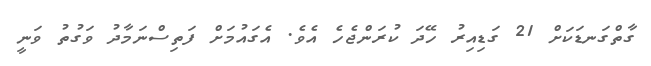
ގާތްގަނޑަކަށް 21 ގަޑިއިރު ހޭދަ ކުރަންޖެހެ އެވެ. އެގައުމަށް ފަތިސްނަމާދު ވަގުތު ވަނީ